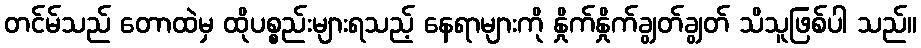
တင်မ်သည် တောထဲမှ ထိုပစ္စည်းများရသည့် နေရာများကို နှိုက်နှိုက်ချွတ်ချွတ် သိသူဖြစ်ပါ သည်။